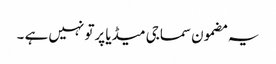
یہ مضمون سماجی میڈیا پرتو نہیں ہے ۔